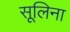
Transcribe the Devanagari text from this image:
सूलिना